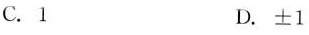
C.1 D.±1